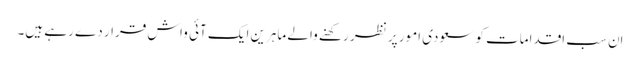
اِن سب اقدامات کو سعودی امور پر نظر رکھنے والے ماہرین ایک آئی واش قرار دے رہے ہیں۔